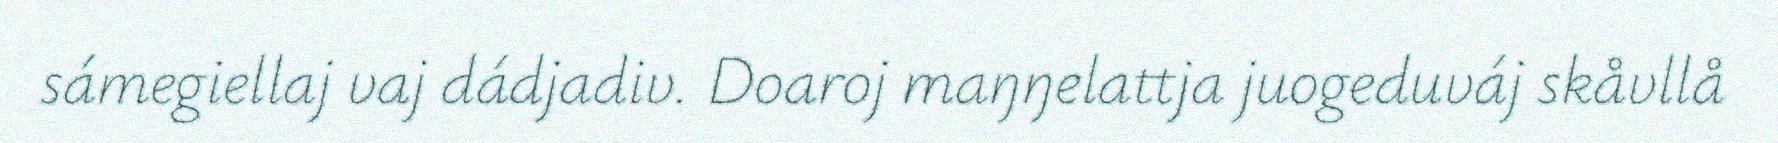
sámegiellaj vaj dádjadiv. Doaroj maŋŋelattja juogeduváj skåvllå